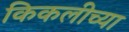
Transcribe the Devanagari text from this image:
किकलीच्या